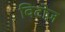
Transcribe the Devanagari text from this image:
विटोज़